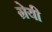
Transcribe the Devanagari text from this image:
ग्रेयी